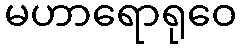
မဟာရောရုဝေ